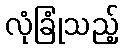
လုံခြုံသည့်